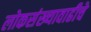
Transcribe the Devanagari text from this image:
लोकसंख्यावाढीचे